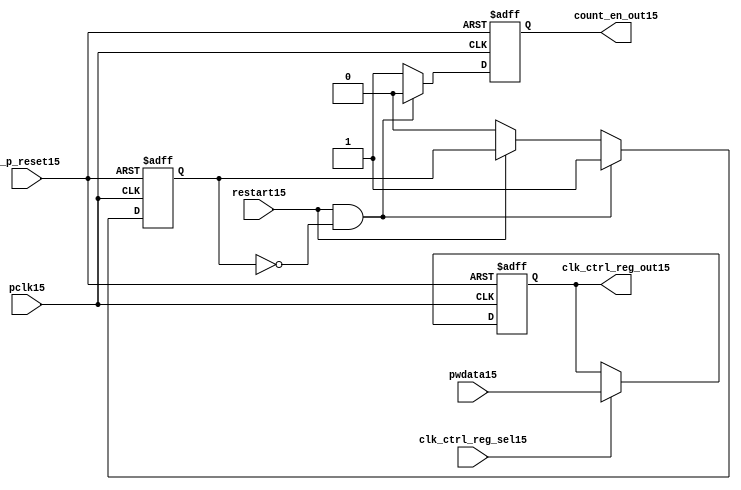
//File15 name   : ttc_count_rst_lite15.v
//Title15       : 
//Created15     : 1999
//Description15 : TTC15 counter reset block
//Notes15       : 
//----------------------------------------------------------------------
//   Copyright15 1999-2010 Cadence15 Design15 Systems15, Inc15.
//   All Rights15 Reserved15 Worldwide15
//
//   Licensed15 under the Apache15 License15, Version15 2.0 (the
//   "License15"); you may not use this file except15 in
//   compliance15 with the License15.  You may obtain15 a copy of
//   the License15 at
//
//       http15://www15.apache15.org15/licenses15/LICENSE15-2.0
//
//   Unless15 required15 by applicable15 law15 or agreed15 to in
//   writing, software15 distributed15 under the License15 is
//   distributed15 on an "AS15 IS15" BASIS15, WITHOUT15 WARRANTIES15 OR15
//   CONDITIONS15 OF15 ANY15 KIND15, either15 express15 or implied15.  See
//   the License15 for the specific15 language15 governing15
//   permissions15 and limitations15 under the License15.
//----------------------------------------------------------------------

module ttc_count_rst_lite15(

  //inputs15
  n_p_reset15,                             
  pclk15, 
  pwdata15,                                                           
  clk_ctrl_reg_sel15,
  restart15,        

  //outputs15
  count_en_out15,
  clk_ctrl_reg_out15

  );


//-----------------------------------------------------------------------------
// PORT DECLARATIONS15
//-----------------------------------------------------------------------------

   // inputs15
   input n_p_reset15;                 // Reset15 signal15
   input pclk15;                    // APB15 System15 clock15
   input [6:0] pwdata15;           // 7-Bit15 pwdata15 from APB15 interface
   input clk_ctrl_reg_sel15;        // Select15 for the clk_ctrl_reg15
   input restart15;                 // Restart15 reset from cntr_ctrl_reg15

   // outputs15
   output count_en_out15;
   output [6:0] clk_ctrl_reg_out15; // Controls15 clock15 selected


//-----------------------------------------------------------------------------
// Internal Signals15 & Registers15
//-----------------------------------------------------------------------------


   
   reg [6:0]    clk_ctrl_reg15;     //7-bit clock15 control15 register.
   
   reg          restart_var15;      //ensures15 prescaler15 reset at start of restart15 
   
   reg          count_en15;         //enable signal15 to counter

   
   wire [6:0]   clk_ctrl_reg_out15; //clock15 control15 output wire
   wire         count_en_out15;     //counter enable output
   
   
//-----------------------------------------------------------------------------
// Logic15 Section15:


//
//    p_clk_ctrl15: Process15 to implement the clk_ctrl_reg15.  
//                When15 select15 line is set then15 the data will be inserted15 to 
//                the clock15 control15 register, otherwise15 it will be equal15 to 
//                the previous value of the register, else it will be zero.
//-----------------------------------------------------------------------------

   assign clk_ctrl_reg_out15  = clk_ctrl_reg15;
   assign count_en_out15      = count_en15;


//    p_ps_counter15: counter for clock15 enable generation15.
   
   always @(posedge pclk15 or negedge n_p_reset15)
   begin: p_ps_counter15
      
      if (!n_p_reset15)
      begin
         restart_var15  <= 1'b0;
         count_en15     <= 1'b0;
      end
      else
      begin
         if (restart15 & ~restart_var15)
         begin
            restart_var15  <= 1'b1;
            count_en15     <= 1'b0;
         end 
         
         else 
           begin
              
              if (~restart15)
                 restart_var15 <= 1'b0;
              else
                 restart_var15 <= restart_var15;
                 
              count_en15     <= 1'b1;        
              
           end
      end // else: !if(!n_p_reset15)      
  
   end  //p_ps_counter15



// p_clk_ctrl15 : Process15 for writing to the clk_ctrl_reg15
   
   always @ (posedge pclk15 or negedge n_p_reset15)
   begin: p_clk_ctrl15
      
      if (!n_p_reset15)
         clk_ctrl_reg15 <= 7'h00;
      else
      begin 

         if (clk_ctrl_reg_sel15)
            clk_ctrl_reg15 <= pwdata15;
         else
            clk_ctrl_reg15 <= clk_ctrl_reg15;

      end 
      
   end  //p_clk_ctrl15

   
endmodule